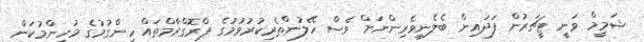
ޝަމީމް ވަނީ ޓީޗަރުން ފަދައިން ބެލެނިވެރިންނަށް ވެސް ހޭލުންތެރިކުރުވުމުގެ ޕްރޮގްރާމްތައް ހިންގުމުގެ މުހިންމުކަން